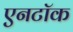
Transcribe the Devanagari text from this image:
एनटॉक